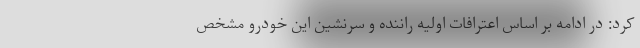
کرد: در ادامه بر اساس اعترافات اولیه راننده و سرنشین این خودرو مشخص